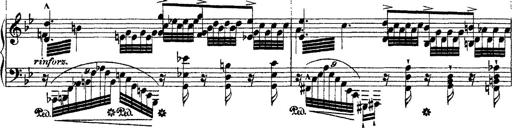
Title: Ã‰tudes d'exÃ©cution transcendante d'aprÃ¨s Paganini
Composer: Franz Liszt